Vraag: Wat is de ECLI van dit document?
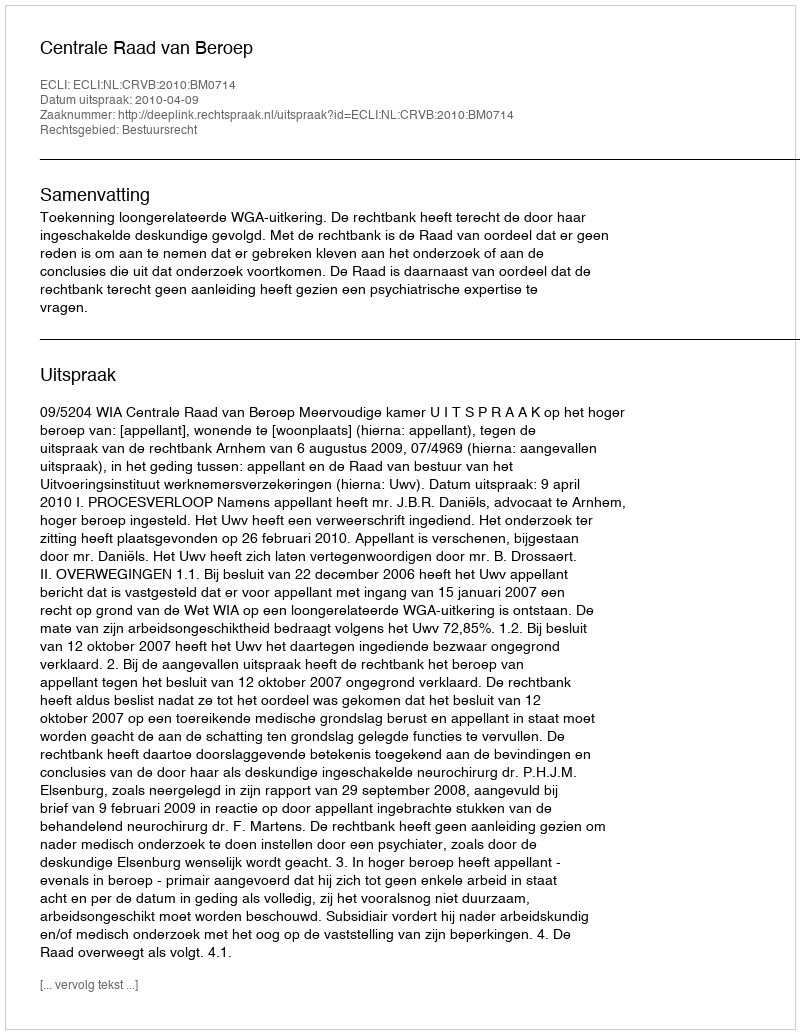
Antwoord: ECLI:NL:CRVB:2010:BM0714